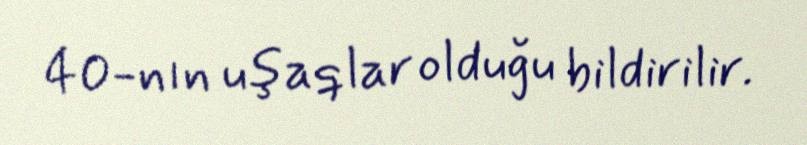
40-nın uşaqlar olduğu bildirilir.